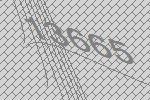
13665